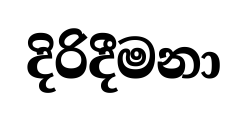
දිරිදීමනා